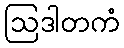
ဩဒါတကံ